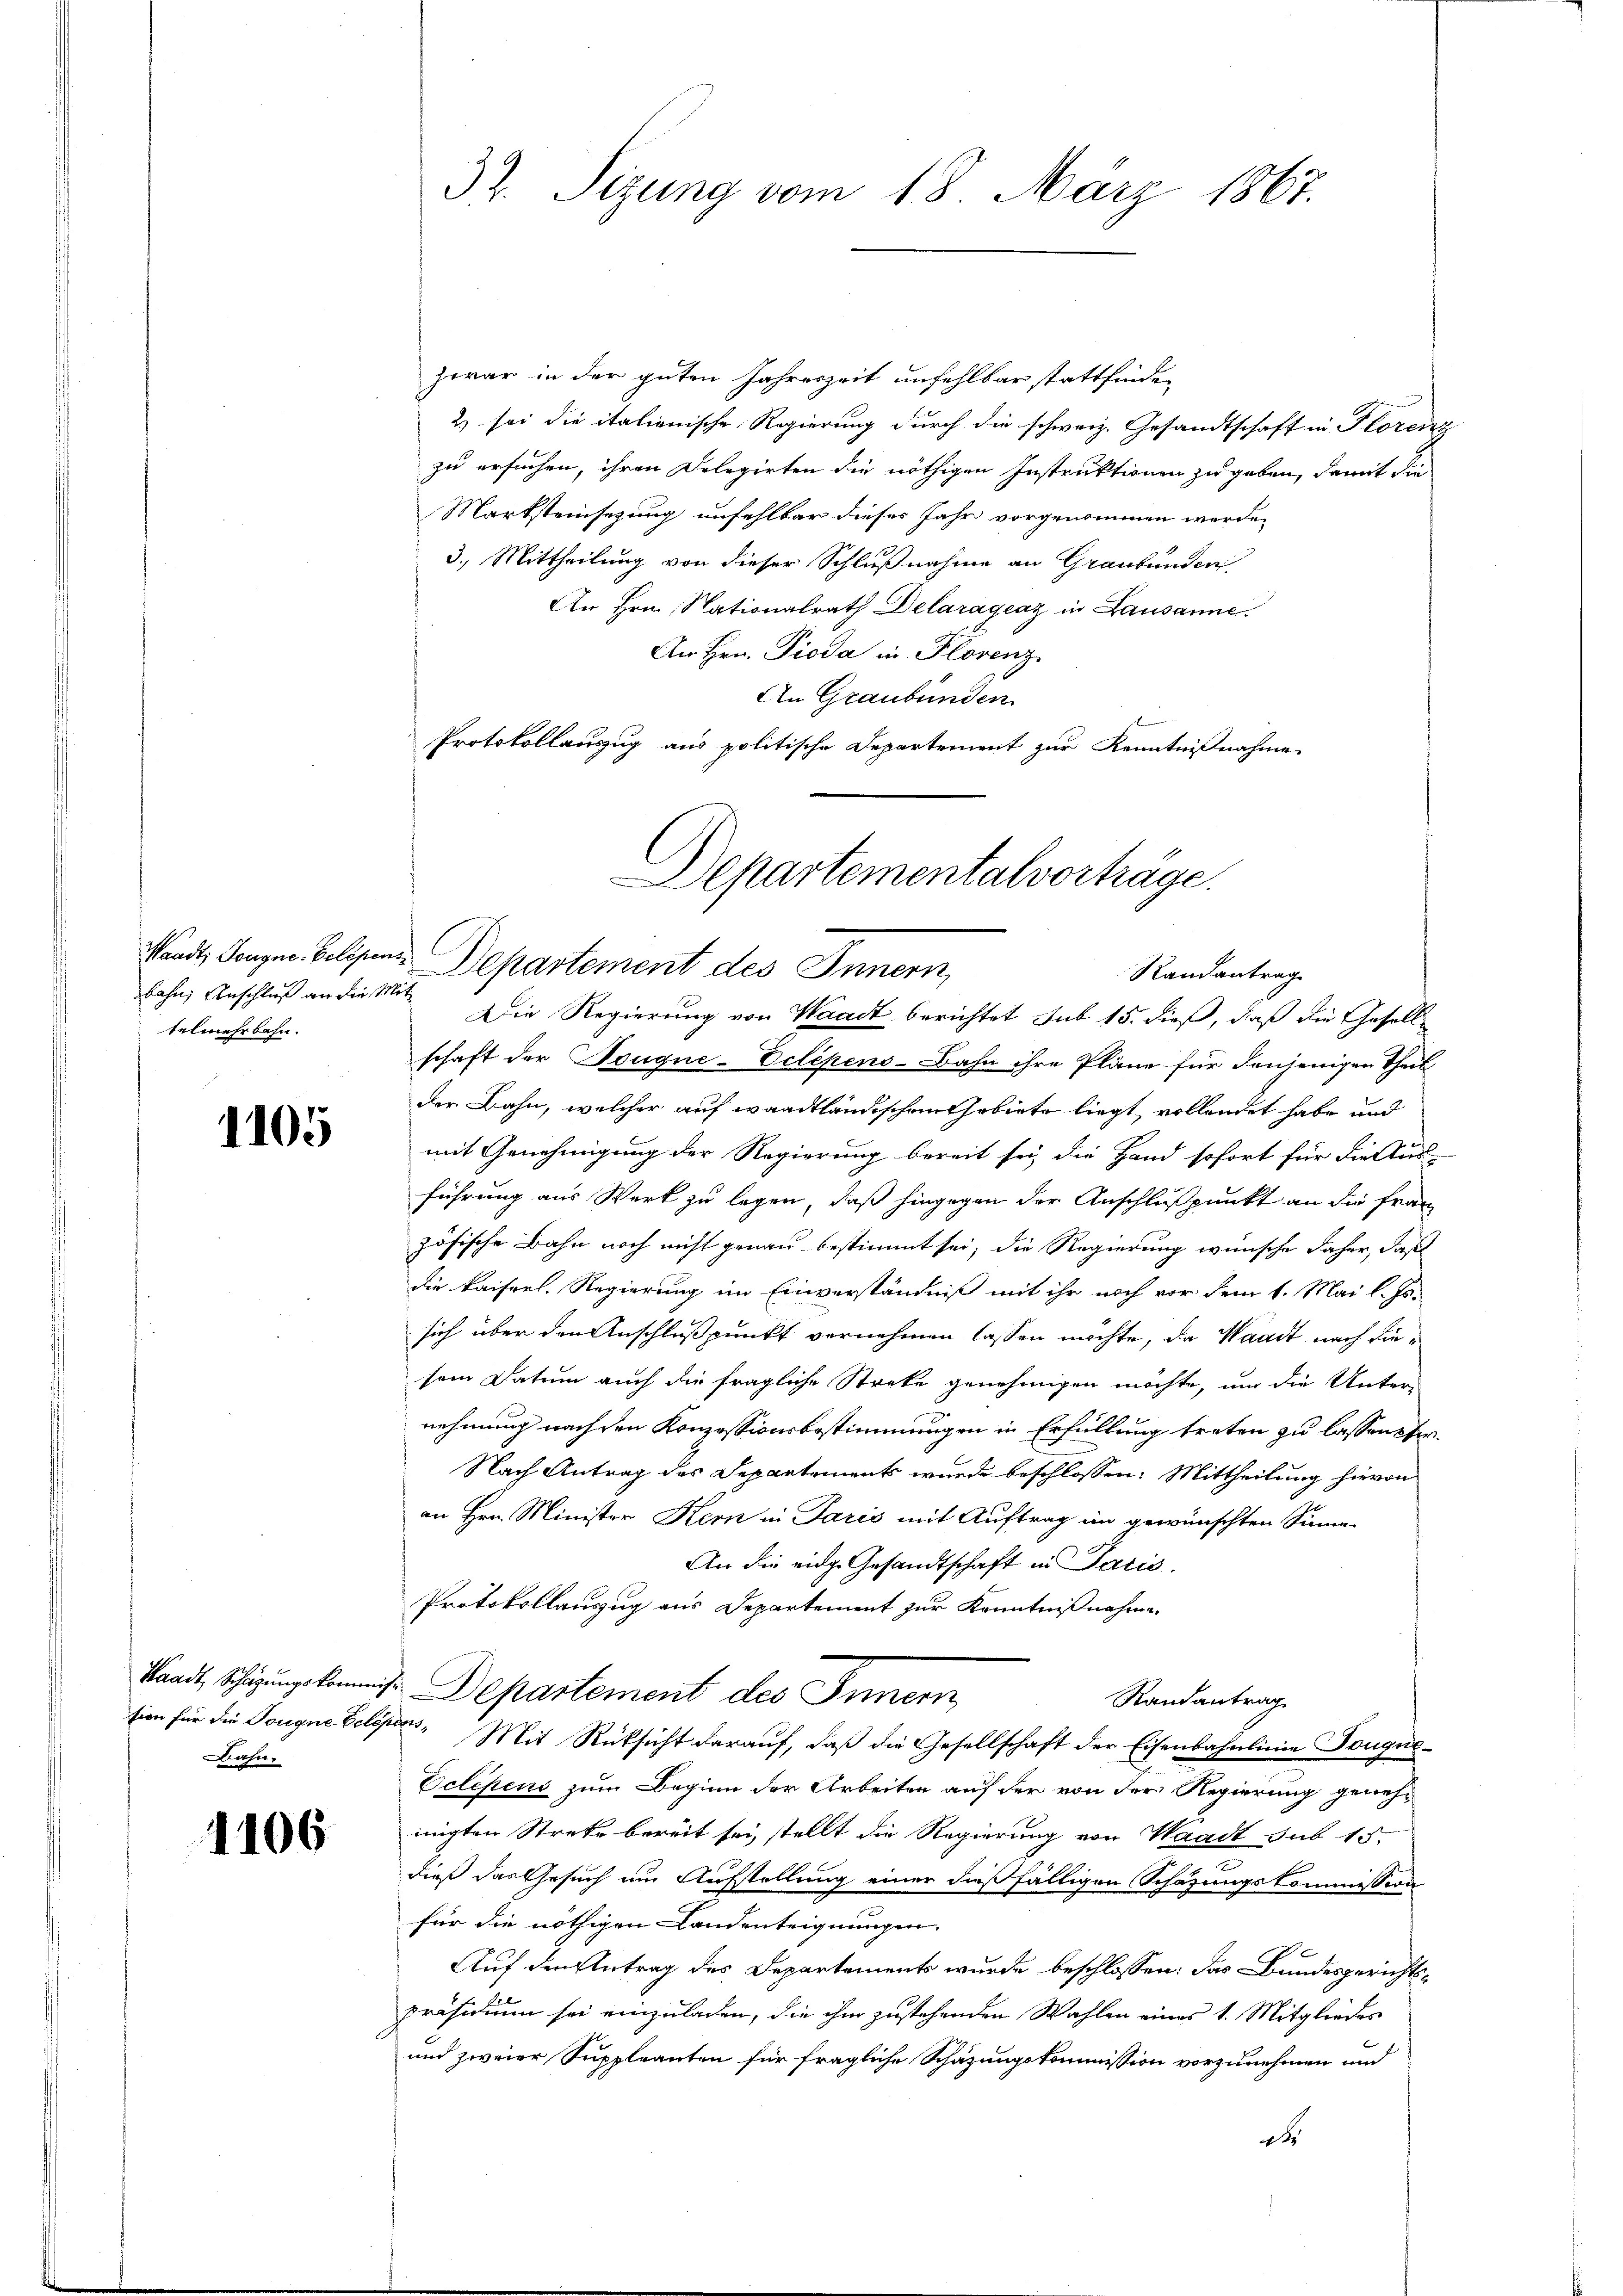
bahn, Anschluß an die Mit
telmehrbahn.

1105

Bahn.

1106

Zwar in der guten Jahreszeit unfehlbar stattfinden
2) sei die italienische Regierung durch die schweiz. Gesandtschaft in Florenz
zu ersuchen, ihren Delegirten die nöthigen Instruktionen zu geben, damit die
Marksteinsezung unfehlbar dieses Jahr vorgenommen werde.
3.) Mittheilung von dieser Schlußnahme an Graubünden
An Hrn. Stationalrath Delaragraz in Lausanne.
An Hrn. Pioda in Florenz
An Graubünden
Protokollauszug aus politische Departement zur Kenntnißnahme
Standt, Langen Beleisen Departement des Innern,
Die Regierung von Waadt berichtet sub 15. dieß, daß die Gesell
schaft der Touque-Eclépens-Bahn ihre Pläne für denjenigen Theil
der Bahn, welcher auf waadtländischem Gebiete liegt, vollendet habe und
mit Genehmigung der Regierung bereit sei, die Hand sofort für die Aus-
führung aus Werk zu legen, daß hingegen der Anschlußpunkt an die Franz
zösische Bahn noch nicht genau bestimmt sei, die Regierung wünsche daher, daß
die kaiserl. Regierung im Einverständniß mit ihr noch vor dem 1. Mai l. Js.
sich über den Anschlußpunkt vernehmen lassen möchte, da Waadt nach diesein Datum auch die fragliche Streke genehmigen möchte, um die Unter-
nehmung nachden Konzessionsbestimmungen in Erfüllung treten zu lassen pr.
Nach Antrag des Departements wurde beschlossen: Mittheilung hievon
an Hrn. Minister Kern in Paris mit Auftrag im gewünschten Sinne
An die eidg. Gesandtschaft in Paris.
Protokollauszug aus Departement zur Kenntnißnahme.
Waadt, Schazungskommnis Departement des Innern,
Randantrag
sion für die Tougne Delépens. Mit Rücksicht daraŭf, daβ die Gesellschaft der Eisenbahnlinie Tongue-
Eclehens zum Beginn der Arbeiten auf der von der Regierung genehmigten Streke bereit sei, stellt die Regierung von Waadt sub 15.
dieß das Gesuch um Aufstellung einer daß fälligen Schazungskommission
für die nöthigen Landenteignungen.
Auf den Antrag des Departements wurde beschlossen: das Bundesgerichtspräsidium sei einzuladen, die ihm zustehenden Wahlen eines 1. Mitgliedes
und zweier Suppleanten für fragliche Schazungskommission vorzunehmen und
d

32. Sizung vom 18. März 1867.

Departementalvorträge.
Randantrag